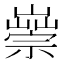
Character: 𡽿